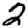
Digit: 2